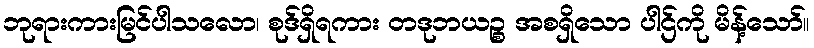
ဘုရားကားမြင်ပါသလော၊ စုဒ်ရှိရကား တဒုဘယဉ္စ အစရှိသော ပါဌ်ကို မိန့်သော်။